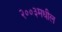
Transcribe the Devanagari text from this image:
२००३मधील